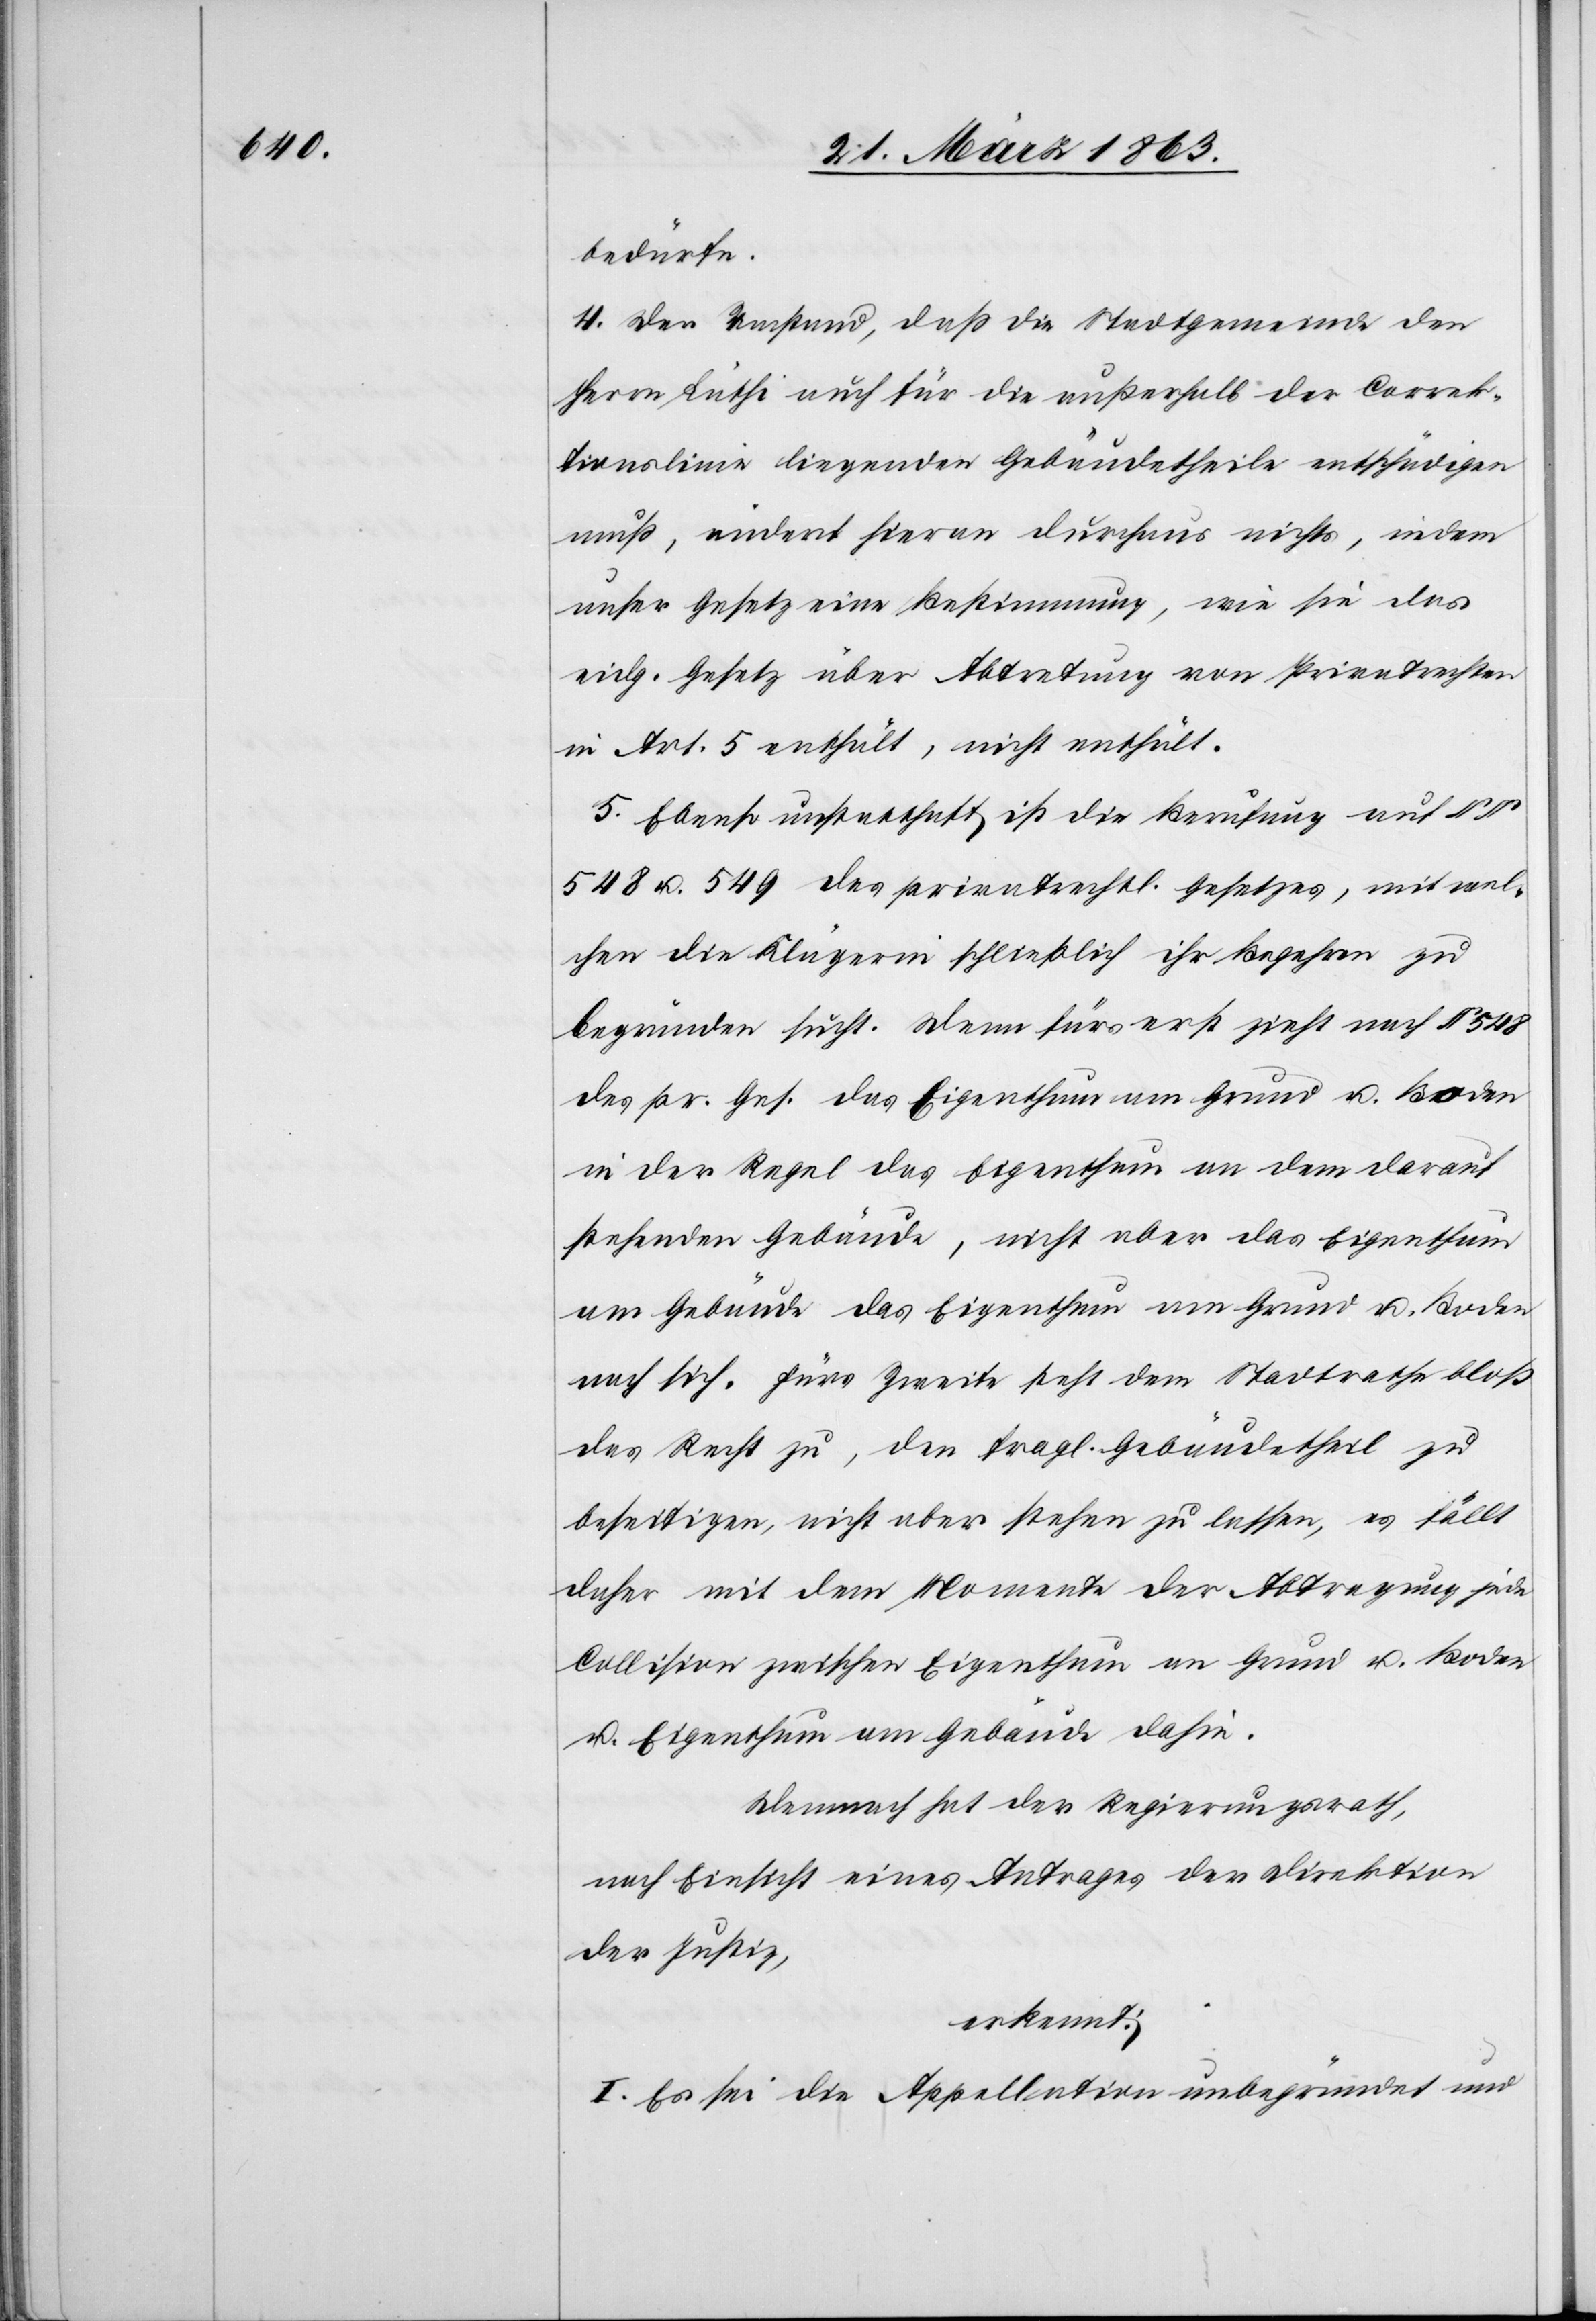
bedürfe.
4. Der Umstand, daß die Stadtgemeinde den
Herrn Lüthi auch für die außerhalb der Correk¬
tionslinie liegenden Gebäudetheile entschädigen
muß, ändert hieran durchaus nichts, indem
unser Gesetz eine Bestimmung, wie sie das
eidg. Gesetz über Abtretung von Privatrechten
in Art. 5 enthält, nicht enthält.
5. Ebenso unstatthaft ist die Berufung auf §§
548 u. 549 des privatrechtl. Gesetzes, mit wel¬
chen die Klägerin schließlich ihr Begehren zu
begründen sucht. Denn fürs erst[e] zieht nach § 548
das pr. Ges. das Eigenthum am Grund u. Boden
in der Regel das Eigenthum an dem darauf
stehenden Gebäude, nicht aber das Eigenthum
am Gebäude das Eigenthum am Grund u. Boden
nach sich. Fürs Zweite steht dem Stadtrathe bloß
das Recht zu, den fragl. Gebäudetheil zu
beseitigen, nicht aber stehen zu lassen, es fällt
daher mit dem Momente der Abtragung jede
Collision zwischen Eigenthum an Grund u. Boden
u. Eigenthum am Gebäude dahin.
Demnach hat der Regierungsrath,
nach Einsicht eines Antrages der Direktion
der Justiz,
erkennt:
I. Es sei die Appellation unbegründet und